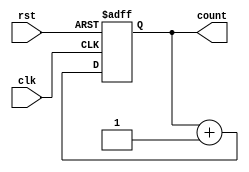
`timescale 1ns / 1ps
//////////////////////////////////////////////////////////////////////////////////
// Company: 
// Engineer: 
// 
// Design Name: 
// Module Name:    counter_3 
// Project Name: 
// Target Devices: 
// Tool versions: 
// Description: 
//
// Dependencies: 
//
// Revision: 
// Revision 0.01 - File Created
// Additional Comments: 
//
//////////////////////////////////////////////////////////////////////////////////
module counter_3(count, clk, rst);
parameter n=2;
 
  output reg [n:0] count;
  input clk;
  input rst;
 
  // Set the initial value
  initial
    count = 0;
 
  // Increment count on clock
  always @(posedge clk or negedge rst)
    if (!rst)
      count = 0;
    else
      count = count + 1;


endmodule